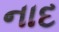
નાદ